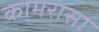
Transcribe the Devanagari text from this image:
कामरासा